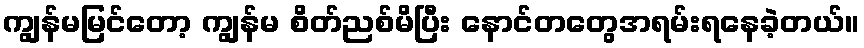
ကျွန်မမြင်တော့ ကျွန်မ စိတ်ညစ်မိပြီး နောင်တတွေအရမ်းရနေခဲ့တယ်။